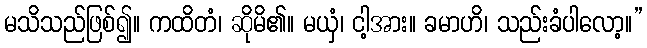
မသိသည်ဖြစ်၍။ ကထိတံ၊ ဆိုမိ၏။ မယှံ၊ ငါ့အား။ ခမာဟိ၊ သည်းခံပါလော့။”